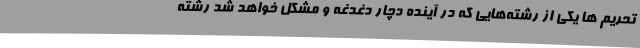
تحریم ها یکی از رشته‌هایی که در آینده دچار دغدغه و مشکل خواهد شد رشته